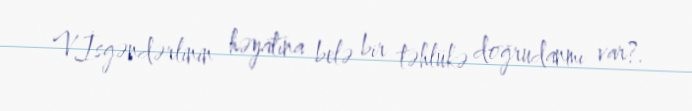
V.İsgəndərlinin həyatına belə bir təhlükə doğrudanmı var?.